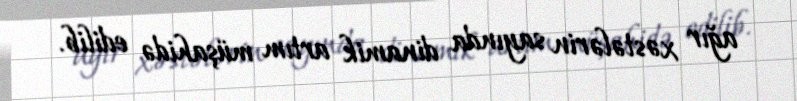
ağır xəstələrin sayında dinamik artım müşahidə edilib.